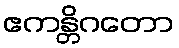
ဧကန္တိဂတော